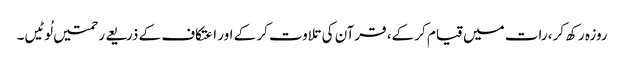
روزہ رکھ کر، رات میں قیام کر کے، قرآن کی تلاوت کر کے اور اعتکاف کے ذریعے رحمتیں لُوٹیں۔